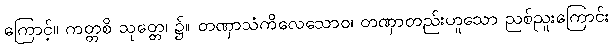
ကြောင့်။ ကတ္တစိ သုတ္တေ၊ ၌။ တဏှာသံကိလေသောဝ၊ တဏှာတည်းဟူသော ညစ်ညူးကြောင်း